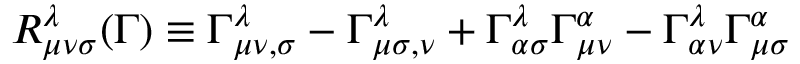
R _ { \mu \nu \sigma } ^ { \lambda } ( \Gamma ) \equiv \Gamma _ { \mu \nu , \sigma } ^ { \lambda } - \Gamma _ { \mu \sigma , \nu } ^ { \lambda } + \Gamma _ { \alpha \sigma } ^ { \lambda } \Gamma _ { \mu \nu } ^ { \alpha } - \Gamma _ { \alpha \nu } ^ { \lambda } \Gamma _ { \mu \sigma } ^ { \alpha }